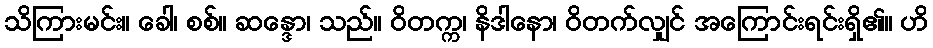
သိကြားမင်း။ ခေါ၊ စစ်။ ဆန္ဒော၊ သည်။ ဝိတက္က၊ နိဒါနော၊ ဝိတက်လျှင် အကြောင်းရင်းရှိ၏။ ဟိ